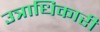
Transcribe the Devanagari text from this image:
उत्राधिकारी